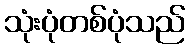
သုံးပုံတစ်ပုံသည်